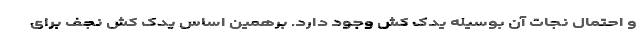
و احتمال نجات آن بوسیله یدک کش وجود دارد. برهمین اساس یدک کش نجف برای